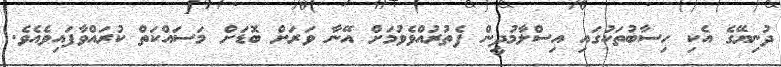
ދުނިޔޭގެ އެކި ހިސާބުތަކުގައި އިސްލާމުދީން ފެތުރުއްވެވުމަށް އޭނާ ވަރަށް ބޮޑަށް މަސައްކަތް ކުރައްވާފައިވެއެވެ.